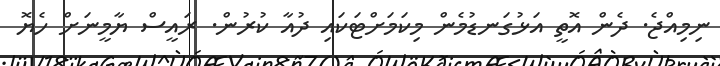
ނިމިއްޖެ. ދެން އޮތީ އަޅުގަނޑުމެން މިކަމަށްޓަކައި ދުއާ ކުރުން. ރައީސް ޔާމީނަށް ހެޔޮ